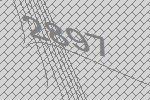
2897